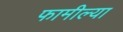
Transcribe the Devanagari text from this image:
फामील्या